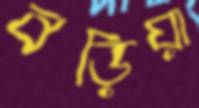
বড়িয়া